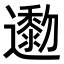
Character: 𨘯